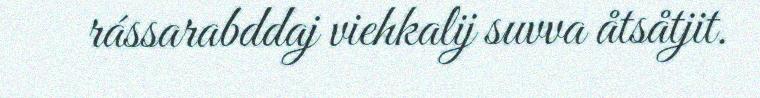
rássarabddaj viehkalij suvva åtsåtjit.